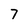
Character: 7